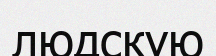
людскую